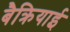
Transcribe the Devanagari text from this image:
बैक्रियाई